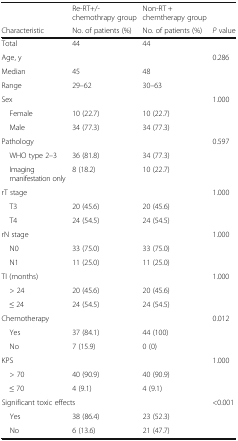
|  | Re-RT+/-chemothrapy group | Non-RT + chemtherapy group |  |
 | Characteristic | No. of patients (%) | No. of patients (%) | P value |
 | --- | --- | --- | --- |
 | Total | 44 | 44 |  |
 | Age, y |  |  | 0.286 |
 | Median | 45 | 48 |  |
 | Range | 29–62 | 30–63 |  |
 | Sex |  |  | 1.000 |
 | Female | 10 (22.7) | 10 (22.7) |  |
 | Male | 34 (77.3) | 34 (77.3) |  |
 | Pathology |  |  | 0.597 |
 | WHO type 2–3 | 36 (81.8) | 34 (77.3) |  |
 | Imaging manifestation only | 8 (18.2) | 10 (22.7) |  |
 | rT stage |  |  | 1.000 |
 | T3 | 20 (45.6) | 20 (45.6) |  |
 | T4 | 24 (54.5) | 24 (54.5) |  |
 | rN stage |  |  | 1.000 |
 | N0 | 33 (75.0) | 33 (75.0) |  |
 | N1 | 11 (25.0) | 11 (25.0) |  |
 | TI (months) |  |  | 1.000 |
 | > 24 | 20 (45.6) | 20 (45.6) |  |
 | ≤ 24 | 24 (54.5) | 24 (54.5) |  |
 | Chemotherapy |  |  | 0.012 |
 | Yes | 37 (84.1) | 44 (100) |  |
 | No | 7 (15.9) | 0 (0) |  |
 | KPS |  |  | 1.000 |
 | > 70 | 40 (90.9) | 40 (90.9) |  |
 | ≤ 70 | 4 (9.1) | 4 (9.1) |  |
 | <COLSPAN=2> Significant toxic effects |  | <0.001 |
 | Yes | 38 (86.4) | 23 (52.3) |  |
 | No | 6 (13.6) | 21 (47.7) |  |